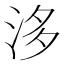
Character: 𣴙